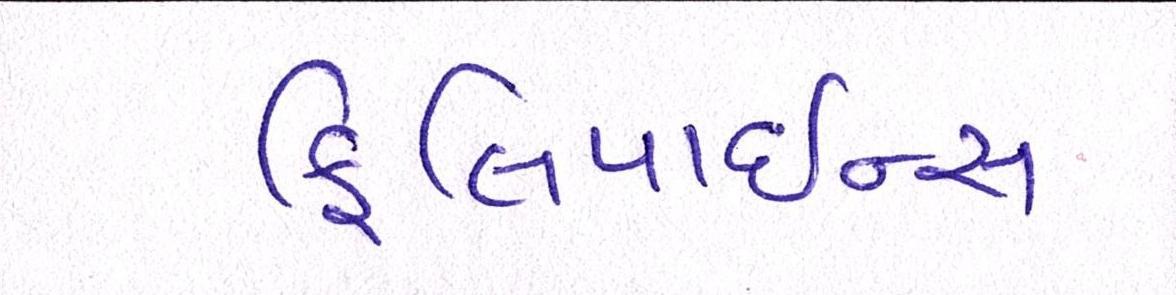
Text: ફિલિપાઇન્સ